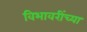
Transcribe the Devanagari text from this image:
विभावरींच्या